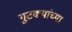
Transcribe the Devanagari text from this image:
गुटक्यांच्या